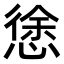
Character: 𭞃